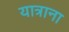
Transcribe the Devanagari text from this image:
यात्राना